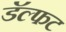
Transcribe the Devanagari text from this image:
डॅल्फट